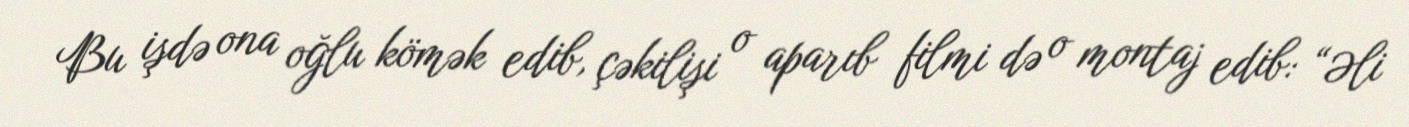
Bu işdə ona oğlu kömək edib, çəkilişi o aparıb filmi də o montaj edib: “Əli